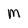
Character: M